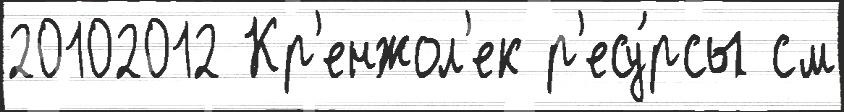
20102012 Кр'енжол'ек р'есу́рсы см